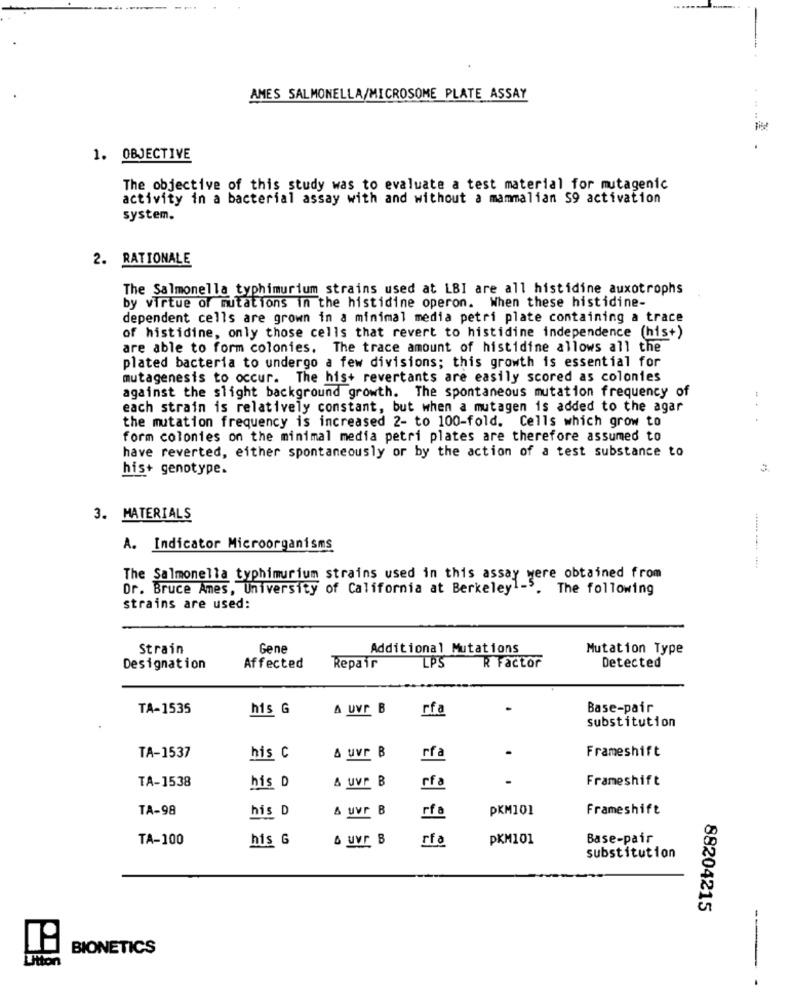
AMES SALMONELLA/MICROSOME PLATE ASSAY
.. ..
1. OBJECTIVE
The objective of this study was to evaluate a test material for mutagenic
activity in a bacterial assay with and without a mammalian S9 activation
system.
2. RATIONALE
The Salmonella typhimurium strains used at LBI are all histidine auxotrophs
by virtue of mutations in the histidine operon. When these histidine-
dependent cells are grown in a minimal media petri plate containing a trace
of histidine, only those cells that revert to histidine independence (his+)
are able to form colonies. The trace amount of histidine allows all the
plated bacteria to undergo a few divisions; this growth is essential for
mutagenesis to occur. The his+ revertants are easily scored as colonies
against the slight background growth. The spontaneous mutation frequency of
.. .
each strain is relatively constant, but when a mutagen is added to the agar
the mutation frequency is increased 2- to 100-fold. Cells which grow to
form colonies on the minimal media petri plates are therefore assumed to
have reverted, either spontaneously or by the action of a test substance to
his+ genotype.
3. MATERIALS
A. Indicator Microorganisms
The Salmonella typhimurium strains used in this assay were obtained from
Dr. Bruce Ames, University of California at Berkeley1-3. The following
strains are used:
Strain
Gene
Additional Mutations
Mutation Type
LPS
R Factor
Designation
Affected
Repair
Detected
TA-1535
his G
A UVr B
rfa
Base-pair
substitution
.
Frameshift
TA-1537
his C
& uvr B
rf
TA-1538
.
Frameshift
his D
& UVr B
rf a
TA-98
his D
& uvr B
rf
PKM101
Frameshift
TA-100
his G
rf
PKM101
Base-pair
substitution
88204215
BIONETICS
Litton